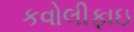
કવોલીફાઇ